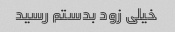
خیلی زود بدستم رسید